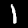
Digit: 1